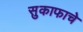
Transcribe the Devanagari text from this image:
सुकाफाचे